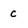
Character: c